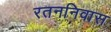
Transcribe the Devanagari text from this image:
रतननिवास